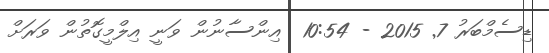
ޑިސެމްބަރު 7